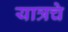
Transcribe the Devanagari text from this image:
यात्रचे